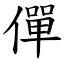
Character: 僤